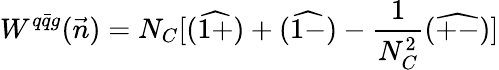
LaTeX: W^{q\bar{q}g}(\vec{n})=N_{C}[(\widehat{1+})+(\widehat{1-})-\frac{1}{N_{C}^{2}}(\widehat{+-})]